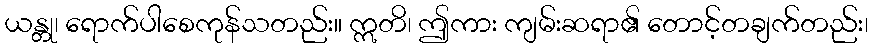
ယန္တု၊ ရောက်ပါစေကုန်သတည်း။ ဣတိ၊ ဤကား ကျမ်းဆရာ၏ တောင့်တချက်တည်း၊